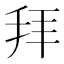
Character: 拜